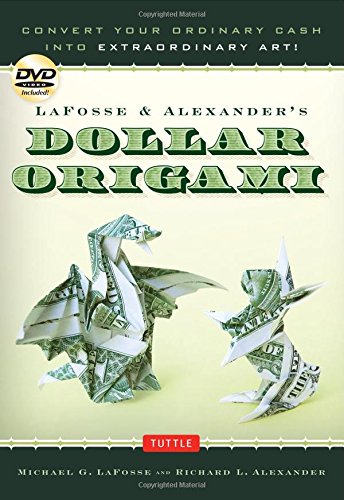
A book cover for LaFosse & Alexander's Dollar Origami: Convert Your Ordinary Cash into Extraordinary Art! [Origami Book with DVD, 48 Bills, 20 Projects]; Michael G. LaFosse; Crafts, Hobbies & Home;